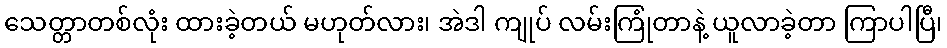
သေတ္တာတစ်လုံး ထားခဲ့တယ် မဟုတ်လား၊ အဲဒါ ကျုပ် လမ်းကြုံတာနဲ့ ယူလာခဲ့တာ ကြာပါပြီ၊